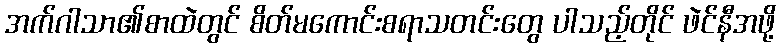
အက်ဂါသာ၏စာထဲတွင် စိတ်မကောင်းစရာသတင်းတွေ ပါသည့်တိုင် ဖဲင်နီအဖို့